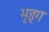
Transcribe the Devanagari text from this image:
भृङ्ग